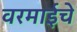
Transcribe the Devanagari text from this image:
वरमाईचे